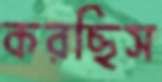
করছিস